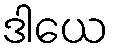
ဒါယေ